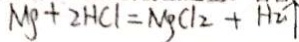
M g + 2 H C l = M g C l _ { 2 } + H _ { 2 } \uparrow